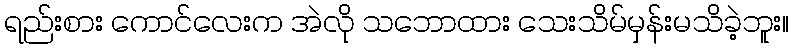
ရည်းစား ကောင်လေးက အဲလို သဘောထား သေးသိမ်မှန်းမသိခဲ့ဘူး။